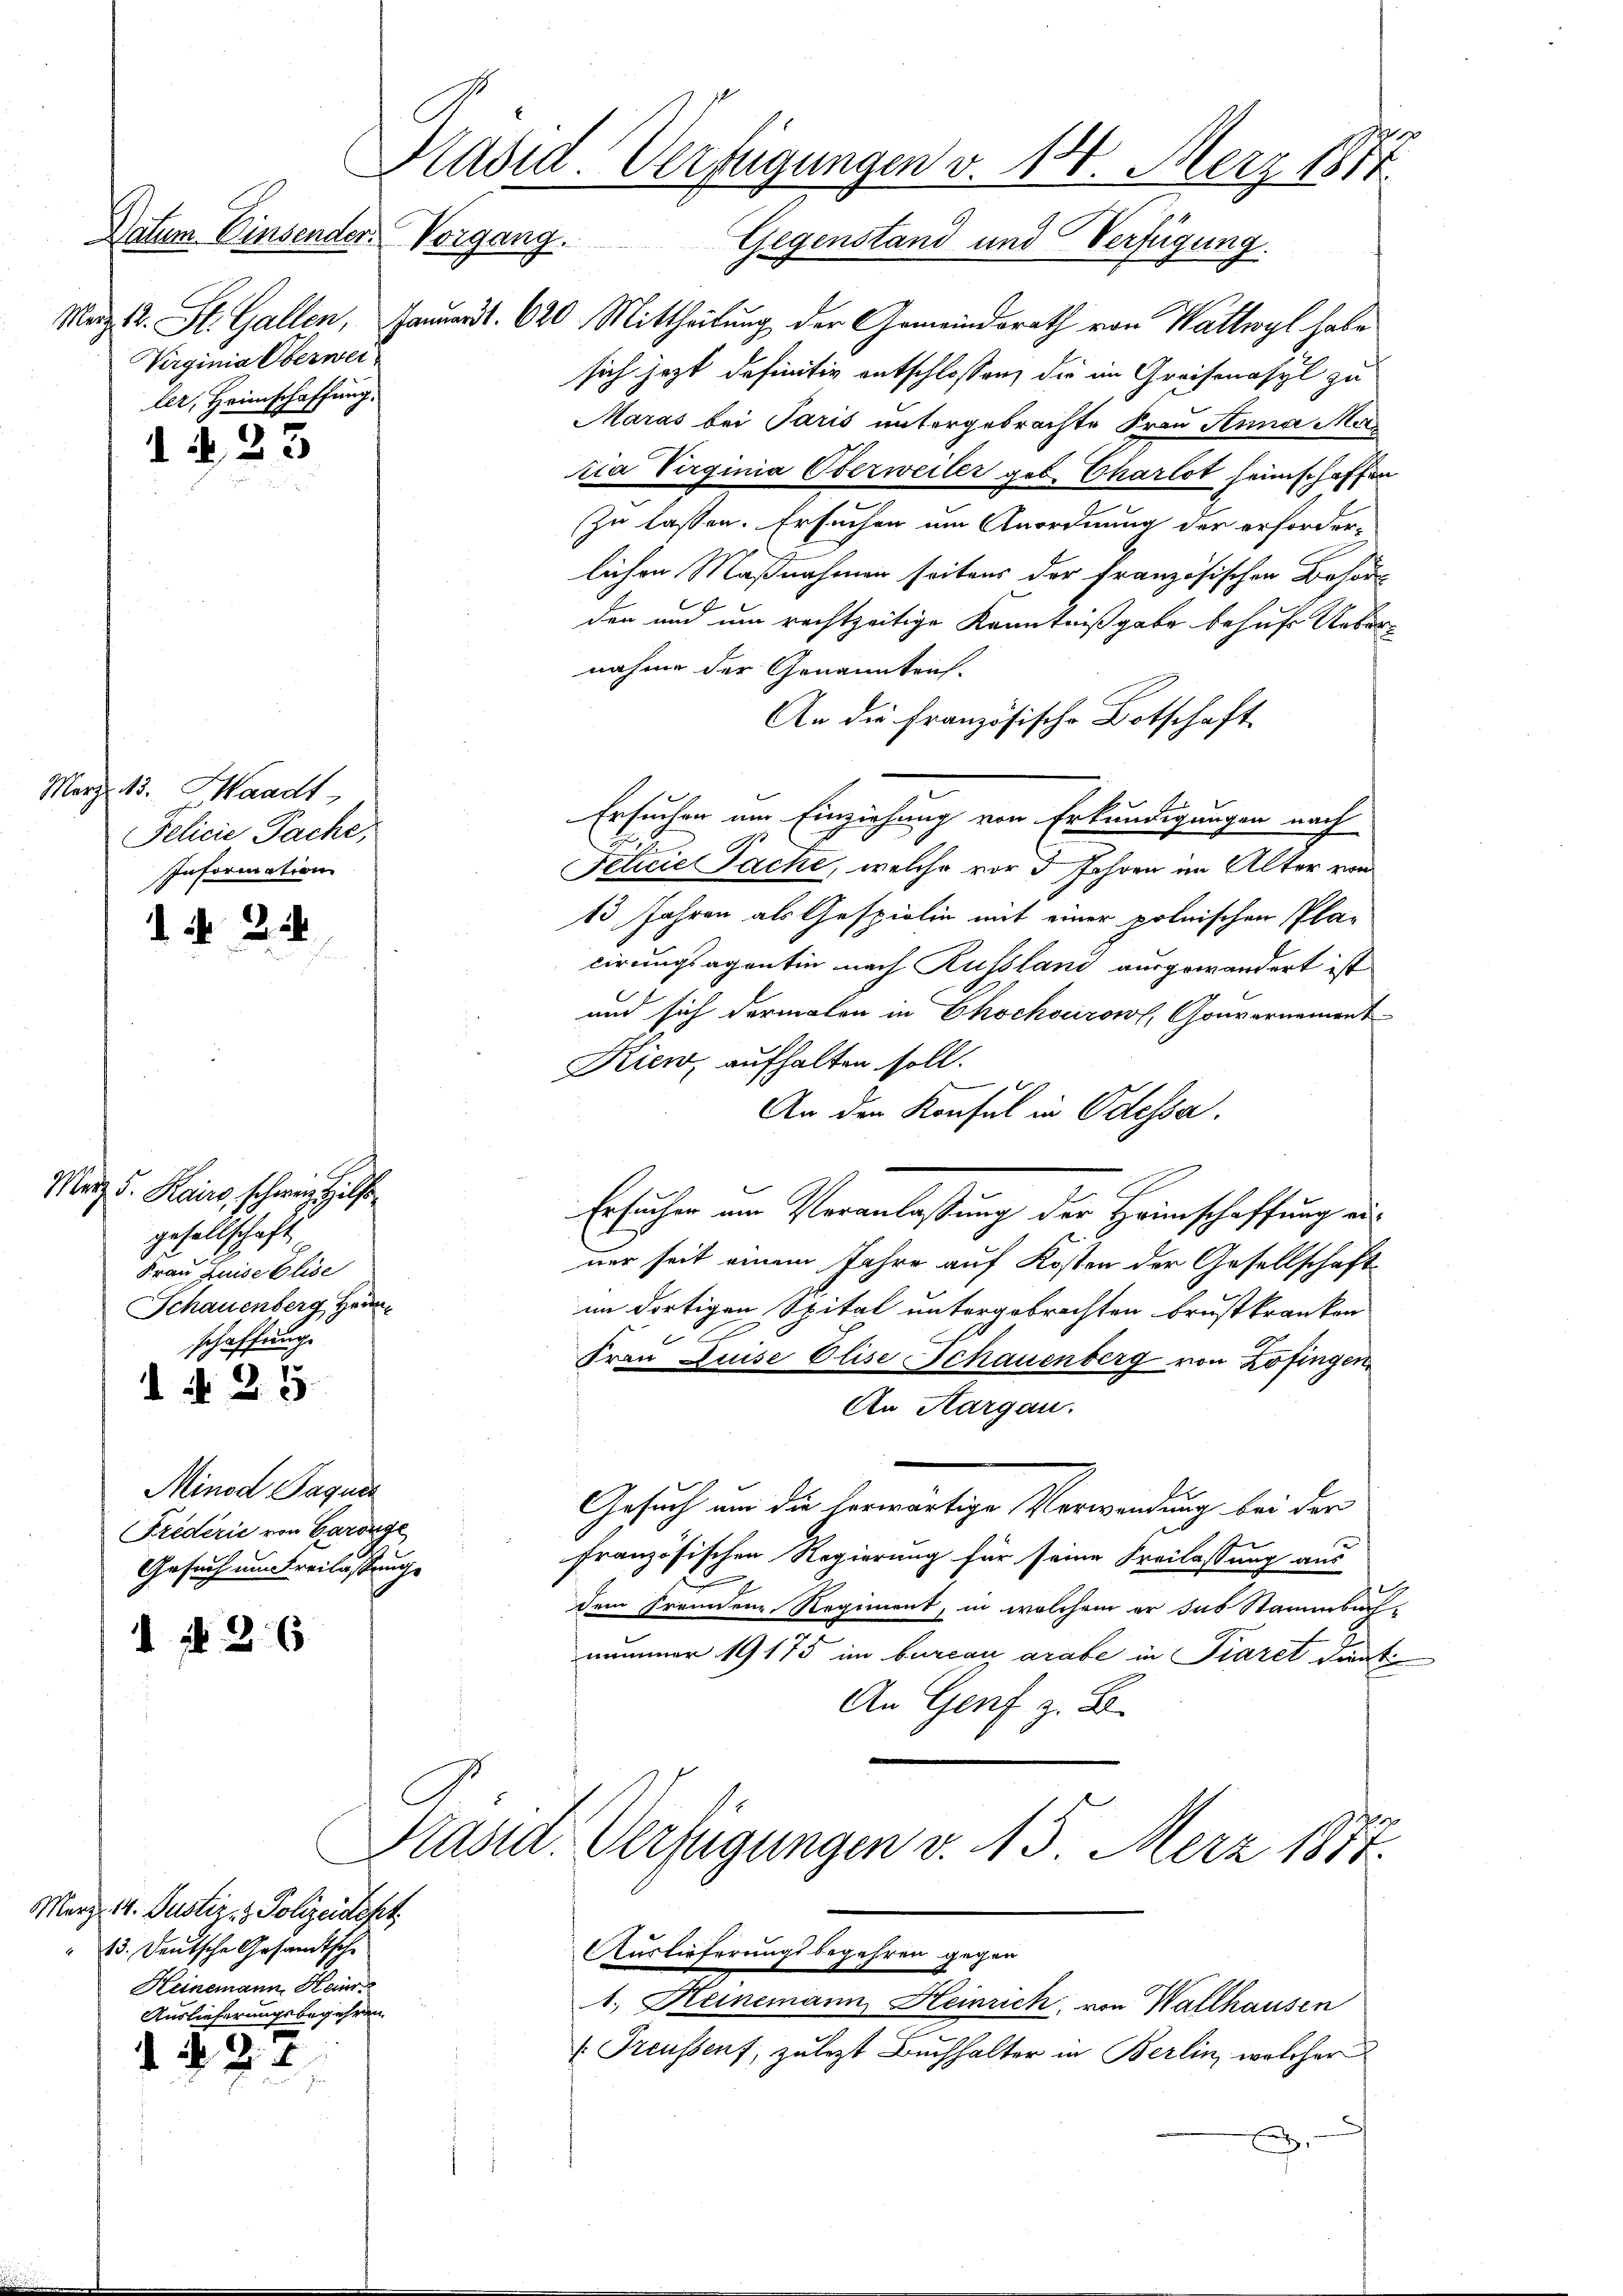
Datum Einsender Vorgang.
Virginia Oberwei
ler, Heimschaffung.

März 13. Handt
Pelicie Pache,
Information

Merz d. Kairo, schweiz l
gesellschaft
Frau Luise Elise
Schauenberg Heinschaffung

123

1 2

7
d §. 2. 3

Minod Paques
Friderić von Garange
Gesuch um Breilassung

N 26

Merz 14. Justiz- & Polizeidept
13. Deutsche Gesandtsche
Keinemann, Heinr
Auslieferungsbegehren

2

Kädid. Verfügungen v. 18. März 1871
Gegenstand und Verfügung.

Maz 12. St. Gallen, Januart. 620 Mittheilung der Gemeindsrath von Wattwyl habe
sich jezt definitiv entschlossen, die in Greifenasyl zu
Maras bei Paris untergebrachte Frau Anna Mar
ia Virginia Oberweiler geb. Charlot heimschaffen
zu lassen. Ersuchen um Anordnung der erforder-
lichen Maßnahmen seitens der französischen Behör
den und um rechtzeitige Kenntnißgabe behufs Ueber-
nahme der Genanntrich.
An die französische Botschaft
Ersuchen um Einziehung von Erkundigungen nach
Fetrie Pacht, welche vor 3 Jahren im Alter von
13 Jahren als Gespielin mit einer polnischen Pla-
cirungsagentin nach Russland ausgewandert ist
und sich dermalen in Chochourow, Gouvernament
Kien, aufhalten soll.
An den Konsul in Odessa.
Ersucher um Veranlassung der Heimschaffung einer seit einem Jahre auf Kosten der Gesellschaft
im dortigen Spital untergebrachten Brustkranken
5
Frau Luise Olise Schauenberg von Zofingen
An Aargau.
Gesuch um die herwärtige Verwendung bei der
französischen Regierung für seine Freilassung aus
e
dem fremdenz, Regiment, in welchem er sus Stammbas-
nommer 19175 im burcan arabe in Piaret dient
An Genf z. B.
Präsid. Verfügungen v. 15. Merz 1877.
Auslieferungsbegehren gegen
1. Heinemann Heinrich, von Wallhausen
 Treussert, zulezt Buchhalter in Berlin, welcher